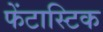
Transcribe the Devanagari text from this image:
फेंटास्टिक